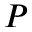
P